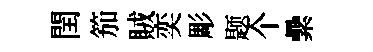
閏笳賊奕彫题个纍